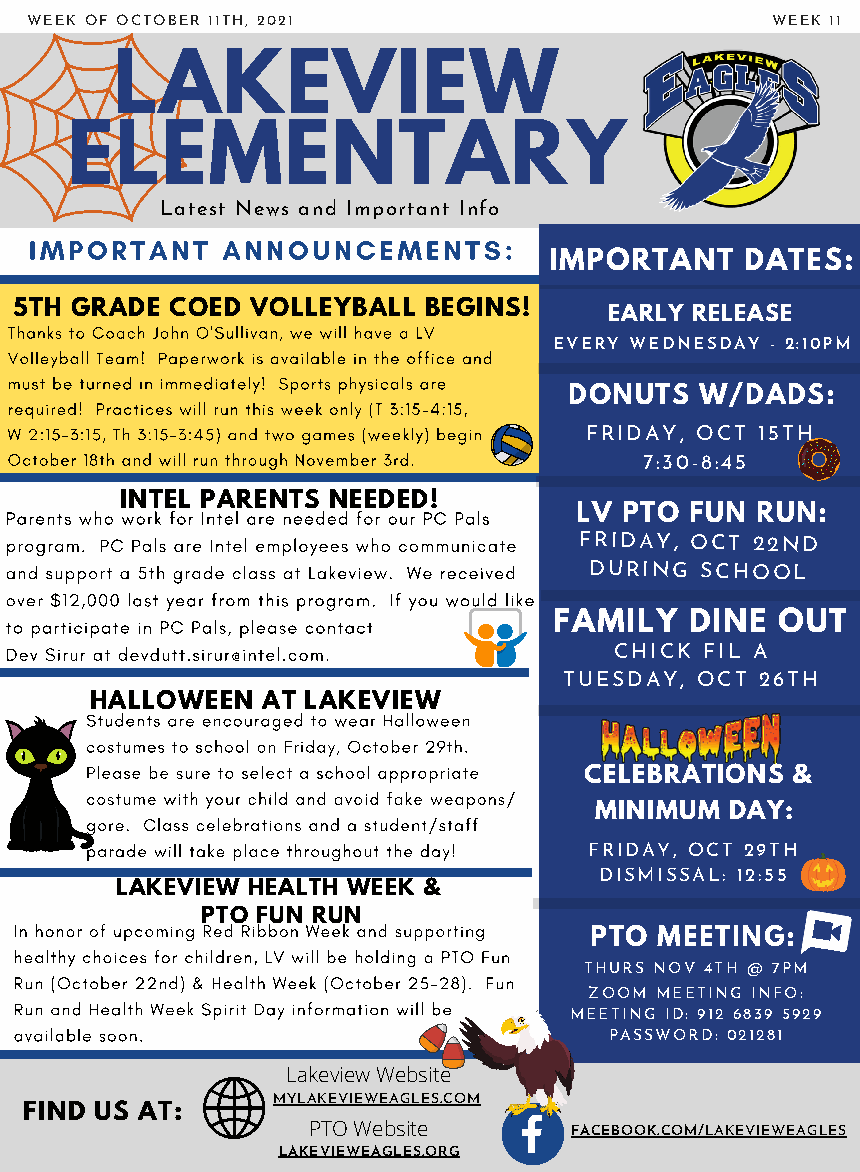
WEEK OF OCTOBER 11TH, 2021                       WEEK 11
 LAKEVIEW
 ELEMENTARY
 Latest News and Important Info
 IMPORTANT    ANNOUNCEMENTS:
 IMPORTANT    DATES:
 5TH GRADE COED  VOLLEYBALL BEGINS!
 EARLY RELEASE
 Thanks to Coach John O'Sullivan, we will have a LV
 EVERY WEDNESDAY - 2:10PM
 Volleyball Team! Paperwork is available in the office and
 must be turned in immediately! Sports physicals are
 DONUTS  W/DADS:
 required! Practices will run this week only (T 3:15-4:15,
 W 2:15-3:15, Th 3:15-3:45) and two games (weekly) begin FRIDAY, OCT 15TH
 October 18th and will run through November 3rd. 7:30-8:45
 INTEL PARENTS NEEDED!
 Parents who work for Intel are needed for our PC Pals LV PTO FUN RUN:
 program. PC Pals are Intel employees who communicate FRIDAY, OCT 22ND
 and support a 5th grade class at Lakeview. We received DURING SCHOOL
 over $12,000 last year from this program. If you would like
 to participate in PC Pals, please contact FAMILY DINE OUT
 Dev Sirur at devdutt.sirur@intel.com.    CHICK FIL A
 TUESDAY, OCT 26TH
 HALLOWEEN  AT LAKEVIEW
 Students are encouraged to wear Halloween
 costumes to school on Friday, October 29th.
 Please be sure to select a school appropriate
 CELEBRATIONS &
 costume with your child and avoid fake weapons/
 MINIMUM  DAY:
 gore. Class celebrations and a student/staff
 parade will take place throughout the day! FRIDAY, OCT 29TH
 DISMISSAL: 12:55
 LAKEVIEW HEALTH WEEK &
 PTO FUN RUN
 In honor of upcoming Red Ribbon Week and supporting
 PTO MEETING:
 healthy choices for children, LV will be holding a PTO Fun
 THURS NOV 4TH @ 7PM
 Run (October 22nd) & Health Week (October 25-28). Fun
 ZOOM MEETING INFO:
 Run and Health Week Spirit Day information will be
 MEETING ID: 912 6839 5929
 available soon.                        PASSWORD: 021281
 Lakeview Website
 MYLAKEVIEWEAGLES.COM
 FIND US AT:
 PTO Website       FACEBOOK.COM/LAKEVIEWEAGLES
 LAKEVIEWEAGLES.ORG